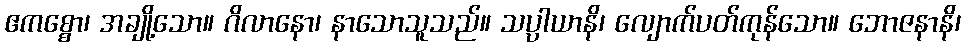
ဧကစ္စော၊ အချို့သော။ ဂိလာနော၊ နာသောသူသည်။ သပ္ပါယာနိ၊ လျောက်ပတ်ကုန်သော။ ဘောဇနာနိ၊